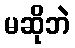
မဆိုဘဲ